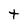
Character: t